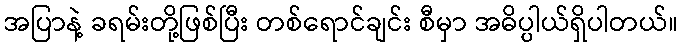
အပြာနဲ့ ခရမ်းတို့ဖြစ်ပြီး တစ်ရောင်ချင်း စီမှာ အဓိပ္ပါယ်ရှိပါတယ်။